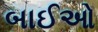
બાઈઓ